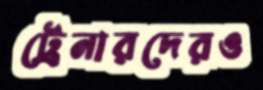
ট্রেনারদেরও